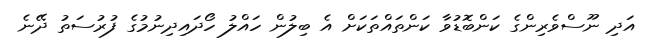
އަދި ނޫސްވެރިންގެ ކަންބޮޑުވާ ކަންތައްތަކަށް އެ ބިލުން ހައްލު ހޯދައިދިނުމުގެ ފުރުސަތު ދޭނެ